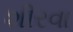
શીરવા